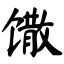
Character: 馓